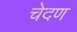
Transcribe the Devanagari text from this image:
चेदण